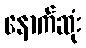
နောက်ဆုံး